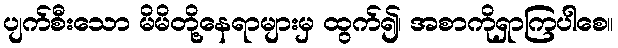
ပျက်စီးသော မိမိတို့နေရာများမှ ထွက်၍၊ အစာကိုရှာကြပါစေ။